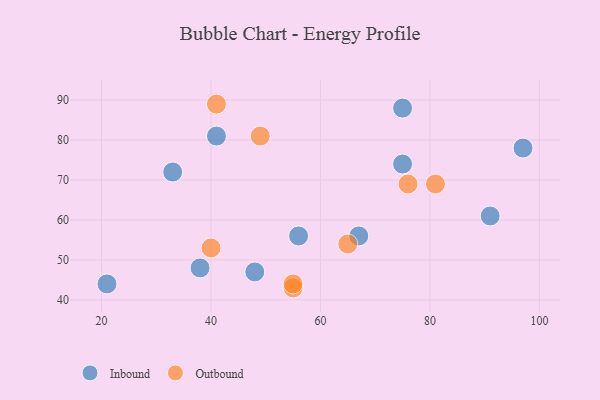
{"axis": {"x": "GDP", "y": "Life Expectancy"}, "legend": ["Inbound", "Outbound"], "data": [{"x": "97", "y": 78, "type": "Inbound"}, {"x": "38", "y": 48, "type": "Inbound"}, {"x": "56", "y": 56, "type": "Inbound"}, {"x": "67", "y": 56, "type": "Inbound"}, {"x": "48", "y": 47, "type": "Inbound"}, {"x": "41", "y": 81, "type": "Inbound"}, {"x": "75", "y": 74, "type": "Inbound"}, {"x": "91", "y": 61, "type": "Inbound"}, {"x": "21", "y": 44, "type": "Inbound"}, {"x": "33", "y": 72, "type": "Inbound"}, {"x": "75", "y": 88, "type": "Inbound"}, {"x": "41", "y": 89, "type": "Outbound"}, {"x": "55", "y": 43, "type": "Outbound"}, {"x": "40", "y": 53, "type": "Outbound"}, {"x": "76", "y": 69, "type": "Outbound"}, {"x": "49", "y": 81, "type": "Outbound"}, {"x": "81", "y": 69, "type": "Outbound"}, {"x": "55", "y": 44, "type": "Outbound"}, {"x": "65", "y": 54, "type": "Outbound"}]}